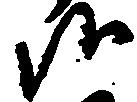
候